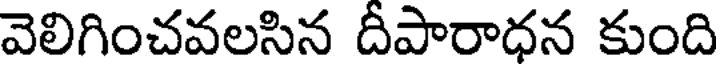
వెలిగించవలసిన దీపారాధన కుంది